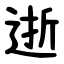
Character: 逝